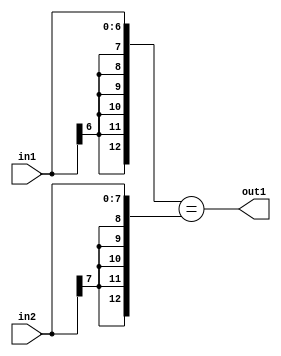
`timescale 1ps / 1ps
/*****************************************************************************
    Verilog RTL Description
    
    
    Created by: CellMath Designer 2019.1.01 
*******************************************************************************/

module avg_pool_Equal_8Sx7S_1U_4_1 (
	in2,
	in1,
	out1
	); /* architecture "behavioural" */ 
input [7:0] in2;
input [6:0] in1;
output  out1;
wire  asc001;

assign asc001 = ({{6{in1[6]}}, in1}=={{5{in2[7]}}, in2});

assign out1 = asc001;
endmodule

/* CADENCE  ubD4SAE= : u9/ySgnWtBlWxVPRXgAZ4Og= ** DO NOT EDIT THIS LINE ******/